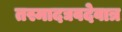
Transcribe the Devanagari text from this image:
तस्मादद्यवदेवात्र